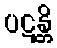
ပဋန္တိ